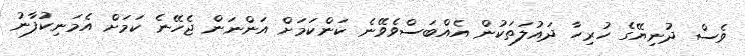
ވެސް ދުނިޔޭގެ ހުރިހާ ދައުލަތަކުން އެއްބަސްވެވޭނެ ކަންކަމަށް އަންނަން ޖެހޭނެ ކަމަށް އެމަނިކުފާނު